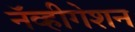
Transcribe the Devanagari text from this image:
नॅव्हीगेशन